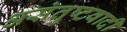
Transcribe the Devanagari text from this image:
असंतुष्टवादी